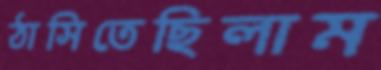
ঠাসিতেছিলাম